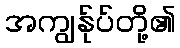
အကျွန်ုပ်တို့၏